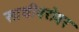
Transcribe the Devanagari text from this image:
साथीबरोबर